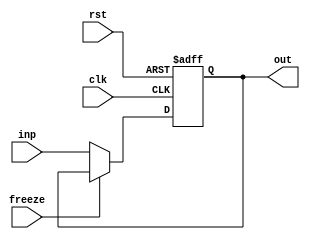
module PC(clk, rst, inp, freeze, out);
    input clk, rst, freeze; 
    input [31:0] inp;
    output reg [31:0] out;
    always @(posedge clk, posedge rst) begin
        if (rst == 1'b1)
	        out <= 32'b0;
	    else
            if (freeze != 1'b1) out <= inp;
    end
endmodule